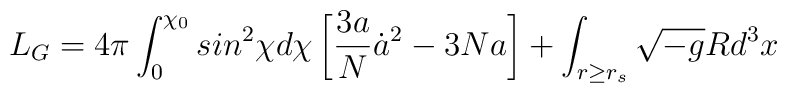
L_{G} = 4\pi \int_{0}^{\chi_{0}} sin^{2}\chi d \chi\left[ \frac{3a}{N}{\dot{a}}^{2} - 3Na \right] +\int_{r \geq r_{s}} \sqrt{-g}R d^{3}x